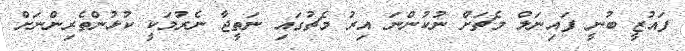
ފައުޒީ ބުނީ ފައިނަލް މެޗަށް ނުކުންނަ އިރު މެޗުގައި ނަތީޖާ ނެރުމަކީ ކުޅުންތެރިންނަށް